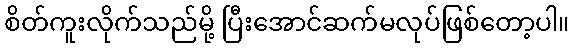
စိတ်ကူးလိုက်သည်မို့ ပြီးအောင်ဆက်မလုပ်ဖြစ်တော့ပါ။